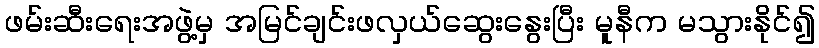
ဖမ်းဆီးရေးအဖွဲ့မှ အမြင်ချင်းဖလှယ်ဆွေးနွေးပြီး မူနီက မသွားနိုင်၍